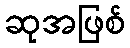
ဆုအဖြစ်